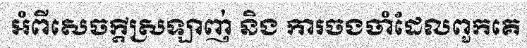
អំពីសេចក្តីស្រឡាញ់ និង ការចងចាំដែលពួកគេ